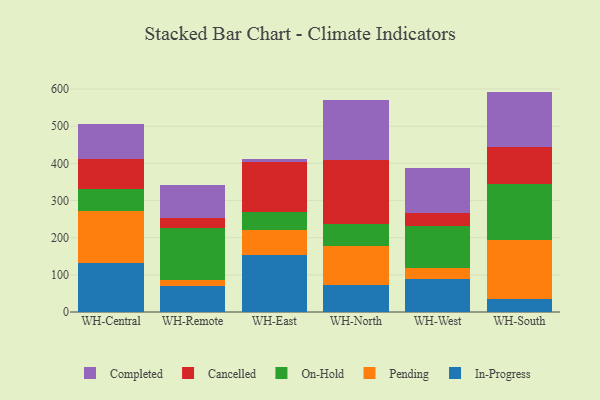
{"axis": {"x": "Warehouse", "y": "Conversion Rate (%)"}, "legend": ["Cancelled", "Completed", "In-Progress", "On-Hold", "Pending"], "data": [{"x": "WH-Central", "y": 132.1, "type": "In-Progress"}, {"x": "WH-Central", "y": 138.9, "type": "Pending"}, {"x": "WH-Central", "y": 59.2, "type": "On-Hold"}, {"x": "WH-Central", "y": 82.9, "type": "Cancelled"}, {"x": "WH-Central", "y": 93.3, "type": "Completed"}, {"x": "WH-Remote", "y": 69.5, "type": "In-Progress"}, {"x": "WH-Remote", "y": 15.7, "type": "Pending"}, {"x": "WH-Remote", "y": 141.8, "type": "On-Hold"}, {"x": "WH-Remote", "y": 26.0, "type": "Cancelled"}, {"x": "WH-Remote", "y": 89.8, "type": "Completed"}, {"x": "WH-East", "y": 152.2, "type": "In-Progress"}, {"x": "WH-East", "y": 68.9, "type": "Pending"}, {"x": "WH-East", "y": 47.6, "type": "On-Hold"}, {"x": "WH-East", "y": 134.0, "type": "Cancelled"}, {"x": "WH-East", "y": 8.7, "type": "Completed"}, {"x": "WH-North", "y": 73.0, "type": "In-Progress"}, {"x": "WH-North", "y": 103.5, "type": "Pending"}, {"x": "WH-North", "y": 59.6, "type": "On-Hold"}, {"x": "WH-North", "y": 173.7, "type": "Cancelled"}, {"x": "WH-North", "y": 159.8, "type": "Completed"}, {"x": "WH-West", "y": 88.3, "type": "In-Progress"}, {"x": "WH-West", "y": 30.8, "type": "Pending"}, {"x": "WH-West", "y": 113.1, "type": "On-Hold"}, {"x": "WH-West", "y": 34.5, "type": "Cancelled"}, {"x": "WH-West", "y": 120.7, "type": "Completed"}, {"x": "WH-South", "y": 35.4, "type": "In-Progress"}, {"x": "WH-South", "y": 159.1, "type": "Pending"}, {"x": "WH-South", "y": 150.7, "type": "On-Hold"}, {"x": "WH-South", "y": 100.1, "type": "Cancelled"}, {"x": "WH-South", "y": 147.9, "type": "Completed"}]}